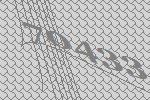
70433